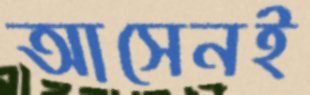
আসেনই